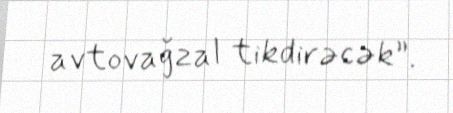
avtovağzal tikdirəcək”.